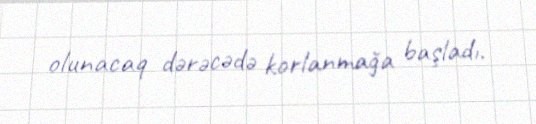
olunacaq dərəcədə korlanmağa başladı.